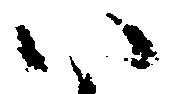
い